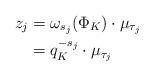
LaTeX: \begin{align*}z_j & = \omega_{s_j}(\Phi_K) \cdot \mu_{\tau_j}\\& = q_K^{- s_j} \cdot \mu_{\tau_j}\end{align*}